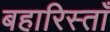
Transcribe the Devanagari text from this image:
बहारिस्ताँ